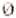
0